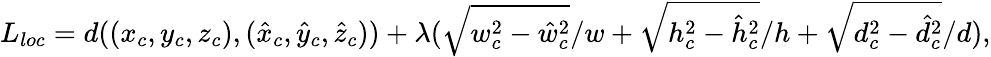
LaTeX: L_{loc}=d((x_{c},y_{c},z_{c}),(\hat{x}_{c},\hat{y}_{c},\hat{z}_{c}))+\lambda(\sqrt{w_{c}^{2}-\hat{w}_{c}^{2}}/w+\sqrt{h_{c}^{2}-\hat{h}_{c}^{2}}/h+\sqrt{d_{c}^{2}-\hat{d}_{c}^{2}}/d),